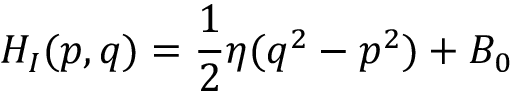
H _ { I } ( p , q ) = { \frac { 1 } { 2 } } \eta ( q ^ { 2 } - p ^ { 2 } ) + B _ { 0 }